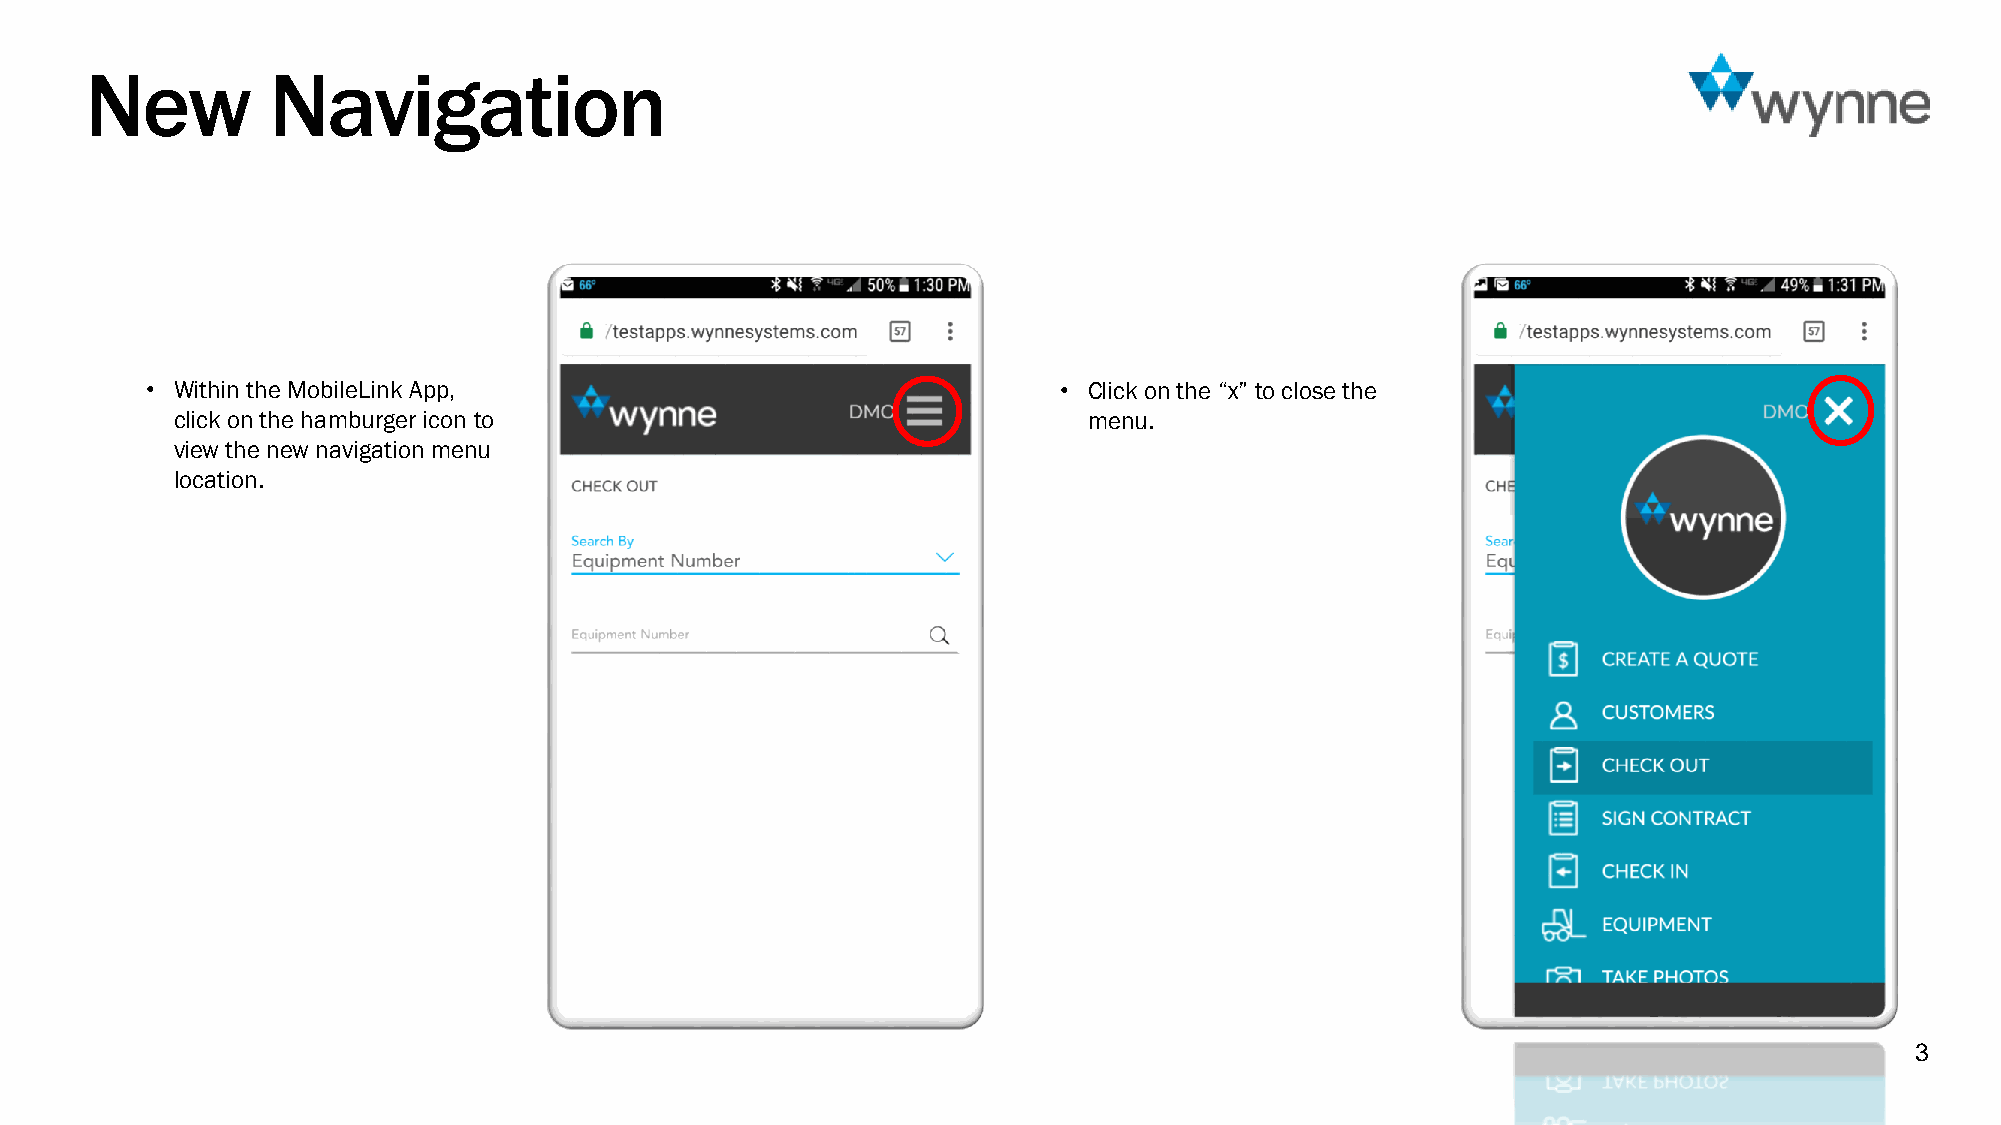
New         Navigation
 • Within the MobileLink App,                                • Click on the “x” to close the
 click on the hamburger icon to                              menu.
 view the new navigation menu
 location.
 3